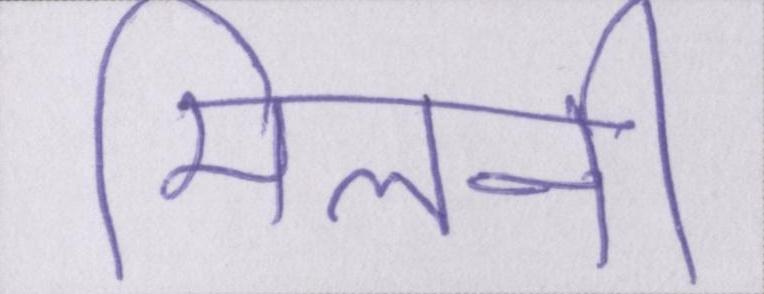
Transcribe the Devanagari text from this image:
मिलनी